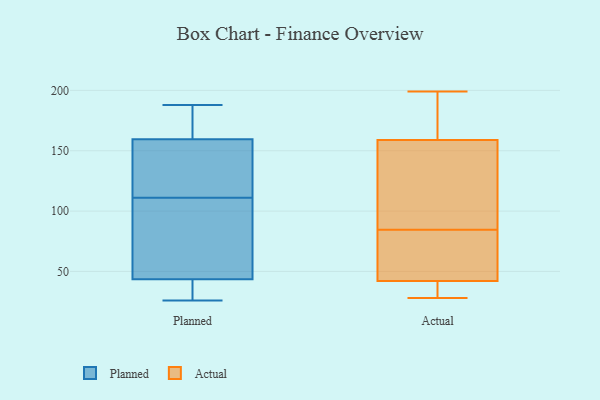
{"axis": {"x": "Humidity (%)", "y": "Value"}, "legend": ["Actual", "Planned"], "data": [{"x": "", "y": 31, "type": "Planned"}, {"x": "", "y": 26, "type": "Planned"}, {"x": "", "y": 78, "type": "Planned"}, {"x": "", "y": 46, "type": "Planned"}, {"x": "", "y": 28, "type": "Planned"}, {"x": "", "y": 147, "type": "Planned"}, {"x": "", "y": 159, "type": "Planned"}, {"x": "", "y": 161, "type": "Planned"}, {"x": "", "y": 171, "type": "Planned"}, {"x": "", "y": 129, "type": "Planned"}, {"x": "", "y": 83, "type": "Planned"}, {"x": "", "y": 84, "type": "Planned"}, {"x": "", "y": 111, "type": "Planned"}, {"x": "", "y": 125, "type": "Planned"}, {"x": "", "y": 188, "type": "Planned"}, {"x": "", "y": 164, "type": "Planned"}, {"x": "", "y": 36, "type": "Planned"}, {"x": "", "y": 102, "type": "Actual"}, {"x": "", "y": 187, "type": "Actual"}, {"x": "", "y": 74, "type": "Actual"}, {"x": "", "y": 138, "type": "Actual"}, {"x": "", "y": 95, "type": "Actual"}, {"x": "", "y": 46, "type": "Actual"}, {"x": "", "y": 28, "type": "Actual"}, {"x": "", "y": 72, "type": "Actual"}, {"x": "", "y": 180, "type": "Actual"}, {"x": "", "y": 35, "type": "Actual"}, {"x": "", "y": 38, "type": "Actual"}, {"x": "", "y": 199, "type": "Actual"}]}